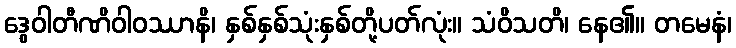
ဒွေဝါတီဏိဝါဝဿာနိ၊ နှစ်နှစ်သုံးနှစ်တို့ပတ်လုံး။ သံဝိသတိ၊ နေ၏။ တမေနံ၊